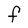
Character: F